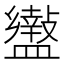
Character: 𥃍